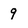
Character: 9